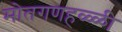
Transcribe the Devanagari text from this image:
मोतगणहळ्ळी